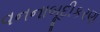
વનનાબૂદીકરણ